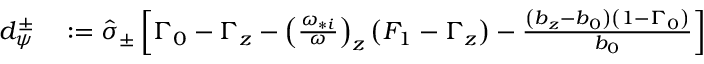
\begin{array} { r l } { d _ { \psi } ^ { \pm } } & { { } : = \hat { \sigma } _ { \pm } \left[ \Gamma _ { 0 } - \Gamma _ { z } - \left( \frac { \omega _ { * i } } { \omega } \right) _ { z } \left( F _ { 1 } - \Gamma _ { z } \right) - \frac { \left( b _ { z } - b _ { 0 } \right) \left( 1 - \Gamma _ { 0 } \right) } { b _ { 0 } } \right] } \end{array}